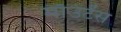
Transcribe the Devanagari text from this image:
माँउंटेंस